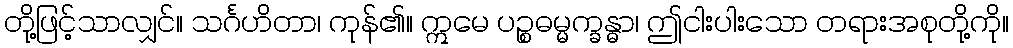
တို့ဖြင့်သာလျှင်။ သင်္ဂဟိတာ၊ ကုန်၏။ ဣမေ ပဉ္စဓမ္မက္ခန္ဓာ၊ ဤငါးပါးသော တရားအစုတို့ကို။